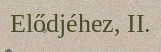
Elődjéhez, II.